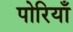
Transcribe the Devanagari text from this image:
पोरियाँ